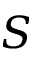
S